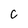
Character: C